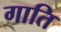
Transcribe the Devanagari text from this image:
गाति